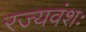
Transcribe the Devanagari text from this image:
रज्यवंशः